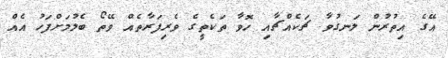
އޭގެ އިތުރުން ލަނގުވާ ޗަކެއްޗާއި ހޮވާ ތަކެތީގެ ވެރިފަރާތެއް ވޭތޯ ބެލުމަށްފަހު އެއް